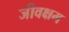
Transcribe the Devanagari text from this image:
जीवक्षम